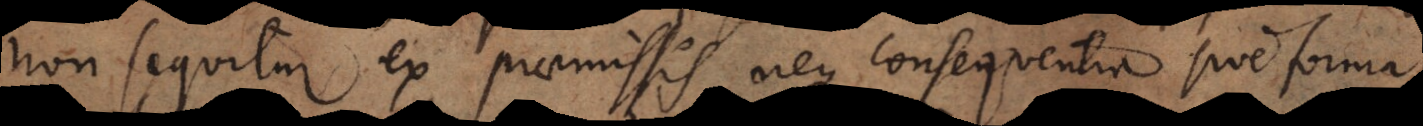
non sequitur ex praemissis neque consequentia sive forma